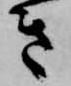
き